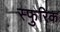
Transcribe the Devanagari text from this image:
स्फुरिक